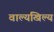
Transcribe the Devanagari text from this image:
वाल्यखिल्य